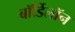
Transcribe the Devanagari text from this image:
बॉर्डिलॉन